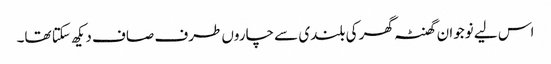
اس لیے نوجوان گھنٹہ گھر کی بلندی سے چاروں طرف صاف دیکھ سکتا تھا۔